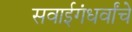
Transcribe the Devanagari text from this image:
सवाईगंधर्वांचे